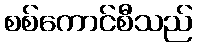
စစ်ကောင်စီသည်